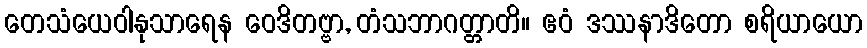
တေသံယေဝါနုသာရေန ဝေဒိတဗ္ဗာ, တံသဘာဂတ္တာတိ။ ဧဝံ ဒဿနာဒိတော စရိယာယော